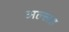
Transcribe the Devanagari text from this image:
अल्लड